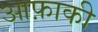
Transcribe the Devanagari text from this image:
आफ़ाकी